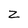
Character: Z